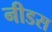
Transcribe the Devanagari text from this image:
नीडस